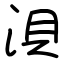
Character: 浿